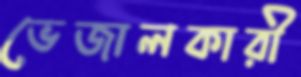
ভেজালকারী